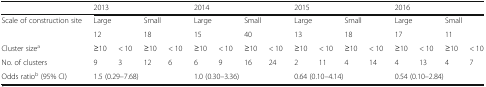
<table><thead><tr><td></td><td colspan="4"><b>2013</b></td><td colspan="4"><b>2014</b></td><td colspan="4"><b>2015</b></td><td colspan="4"><b>2016</b></td></tr></thead><tbody><tr><td rowspan="2">Scale of construction site</td><td colspan="2">Large</td><td colspan="2">Small</td><td colspan="2">Large</td><td colspan="2">Small</td><td colspan="2">Large</td><td colspan="2">Small</td><td colspan="2">Large</td><td colspan="2">Small</td></tr><tr><td colspan="2">12</td><td colspan="2">18</td><td colspan="2">15</td><td colspan="2">40</td><td colspan="2">13</td><td colspan="2">18</td><td colspan="2">17</td><td colspan="2">11</td></tr><tr><td>Cluster size<sup>a</sup></td><td>≥10</td><td>&lt; 10</td><td>≥10</td><td>&lt; 10</td><td>≥10</td><td>&lt; 10</td><td>≥10</td><td>&lt; 10</td><td>≥10</td><td>&lt; 10</td><td>≥10</td><td>&lt; 10</td><td>≥10</td><td>&lt; 10</td><td>≥10</td><td>&lt; 10</td></tr><tr><td>No. of clusters</td><td>9</td><td>3</td><td>12</td><td>6</td><td>6</td><td>9</td><td>16</td><td>24</td><td>2</td><td>11</td><td>4</td><td>14</td><td>4</td><td>13</td><td>4</td><td>7</td></tr><tr><td>Odds ratio<sup>b</sup> (95% CI)</td><td colspan="4">1.5 (0.29–7.68)</td><td colspan="4">1.0 (0.30–3.36)</td><td colspan="4">0.64 (0.10–4.14)</td><td colspan="4">0.54 (0.10–2.84)</td></tr></tbody></table>